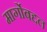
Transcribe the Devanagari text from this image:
मार्गोबद्दल